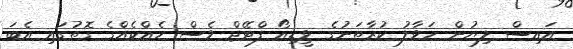
އައިސް ލިޔުން ހަވާލު ކުރާތަނުގެ ވީޑިއޯ ފްޓޭޖް ވެސް ހެއްކެއްގެ ގޮތުގައި އެބަ